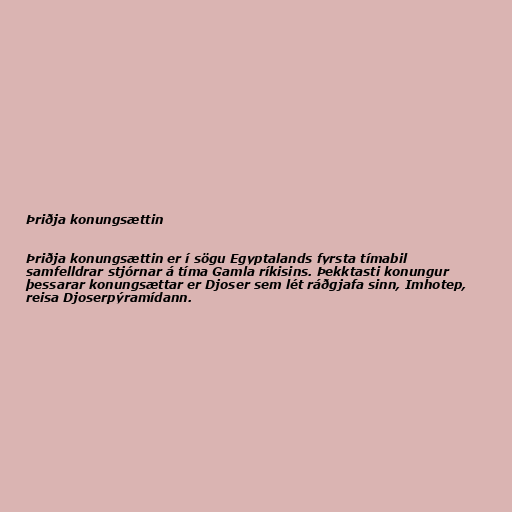
Þriðja konungsættin

Þriðja konungsættin er í sögu Egyptalands fyrsta tímabil
samfelldrar stjórnar á tíma Gamla ríkisins. Þekktasti konungur
þessarar konungsættar er Djoser sem lét ráðgjafa sinn, Imhotep,
reisa Djoserpýramídann.